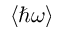
\langle \hbar \omega \rangle